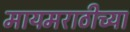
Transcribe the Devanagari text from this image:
मायमराठीच्या